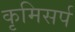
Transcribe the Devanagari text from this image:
कृमिसर्प